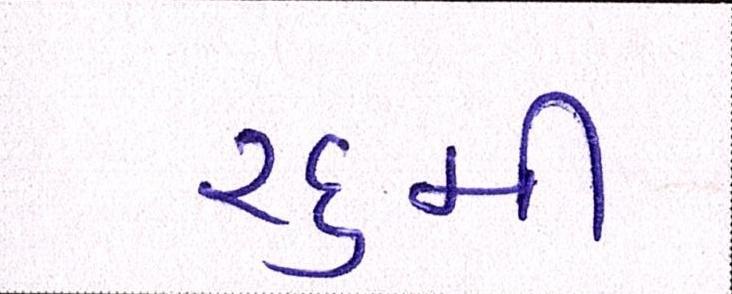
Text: ૨૬મી